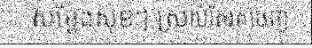
សម្តែងសុខៗ ស្រាប់តែរត់ចេញ